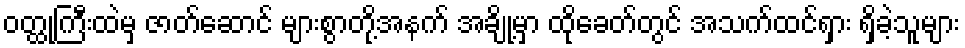
ဝတ္ထုကြီးထဲမှ ဇာတ်ဆောင် များစွာတို့အနက် အချို့မှာ ထိုခေတ်တွင် အသက်ထင်ရှား ရှိခဲ့သူများ